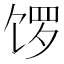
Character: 𫗩